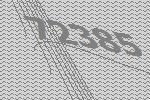
72385